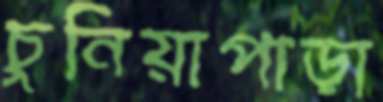
চুনিয়াপাড়া